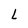
Character: L